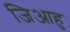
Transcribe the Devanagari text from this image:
जिआहु